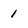
Character: 1